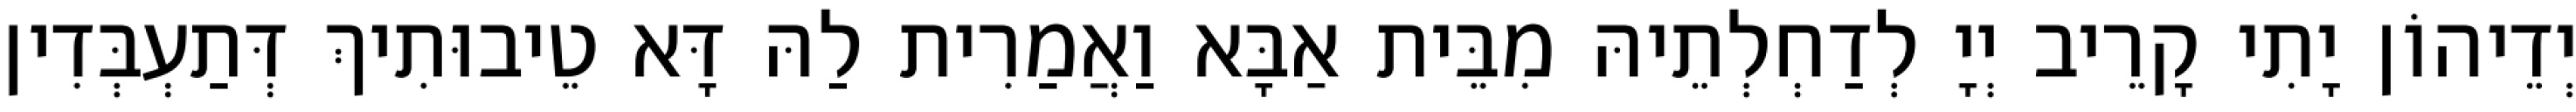
יְדֵיהוֹן יָתִי קָרֵיב יְיָ לְדַחְלְתֵיהּ מִבֵּית אַבָּא וַאֲמַרִית לַהּ דָּא טֵיבוּתִיךְ דְּתַעְבְּדִין